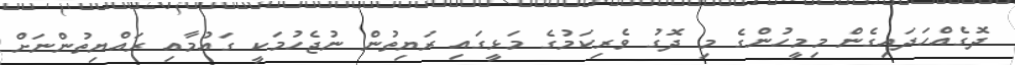
ދޮގެއްހަދައިގެން މިމީހުންގެ މި ދޮގު ވެރިކަމުގެ މަޅީގައި ރަޔިތުން ނުޖެހުމަކީ ގައުމާއި ރައްޔިތުންނަށް